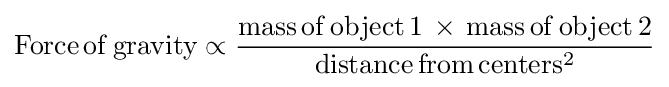
{\rm {Force\,of\,gravity}}\propto {\frac {\rm {mass\,of\,object\,1\,\times \,mass\,of\,object\,2}}{\rm {distance\,from\,centers^{2}}}}